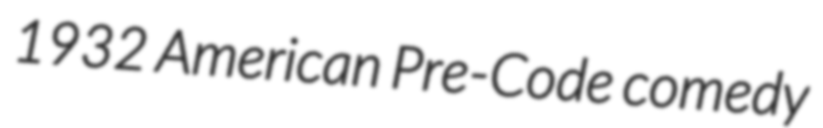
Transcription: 1932 American Pre-Code comedy